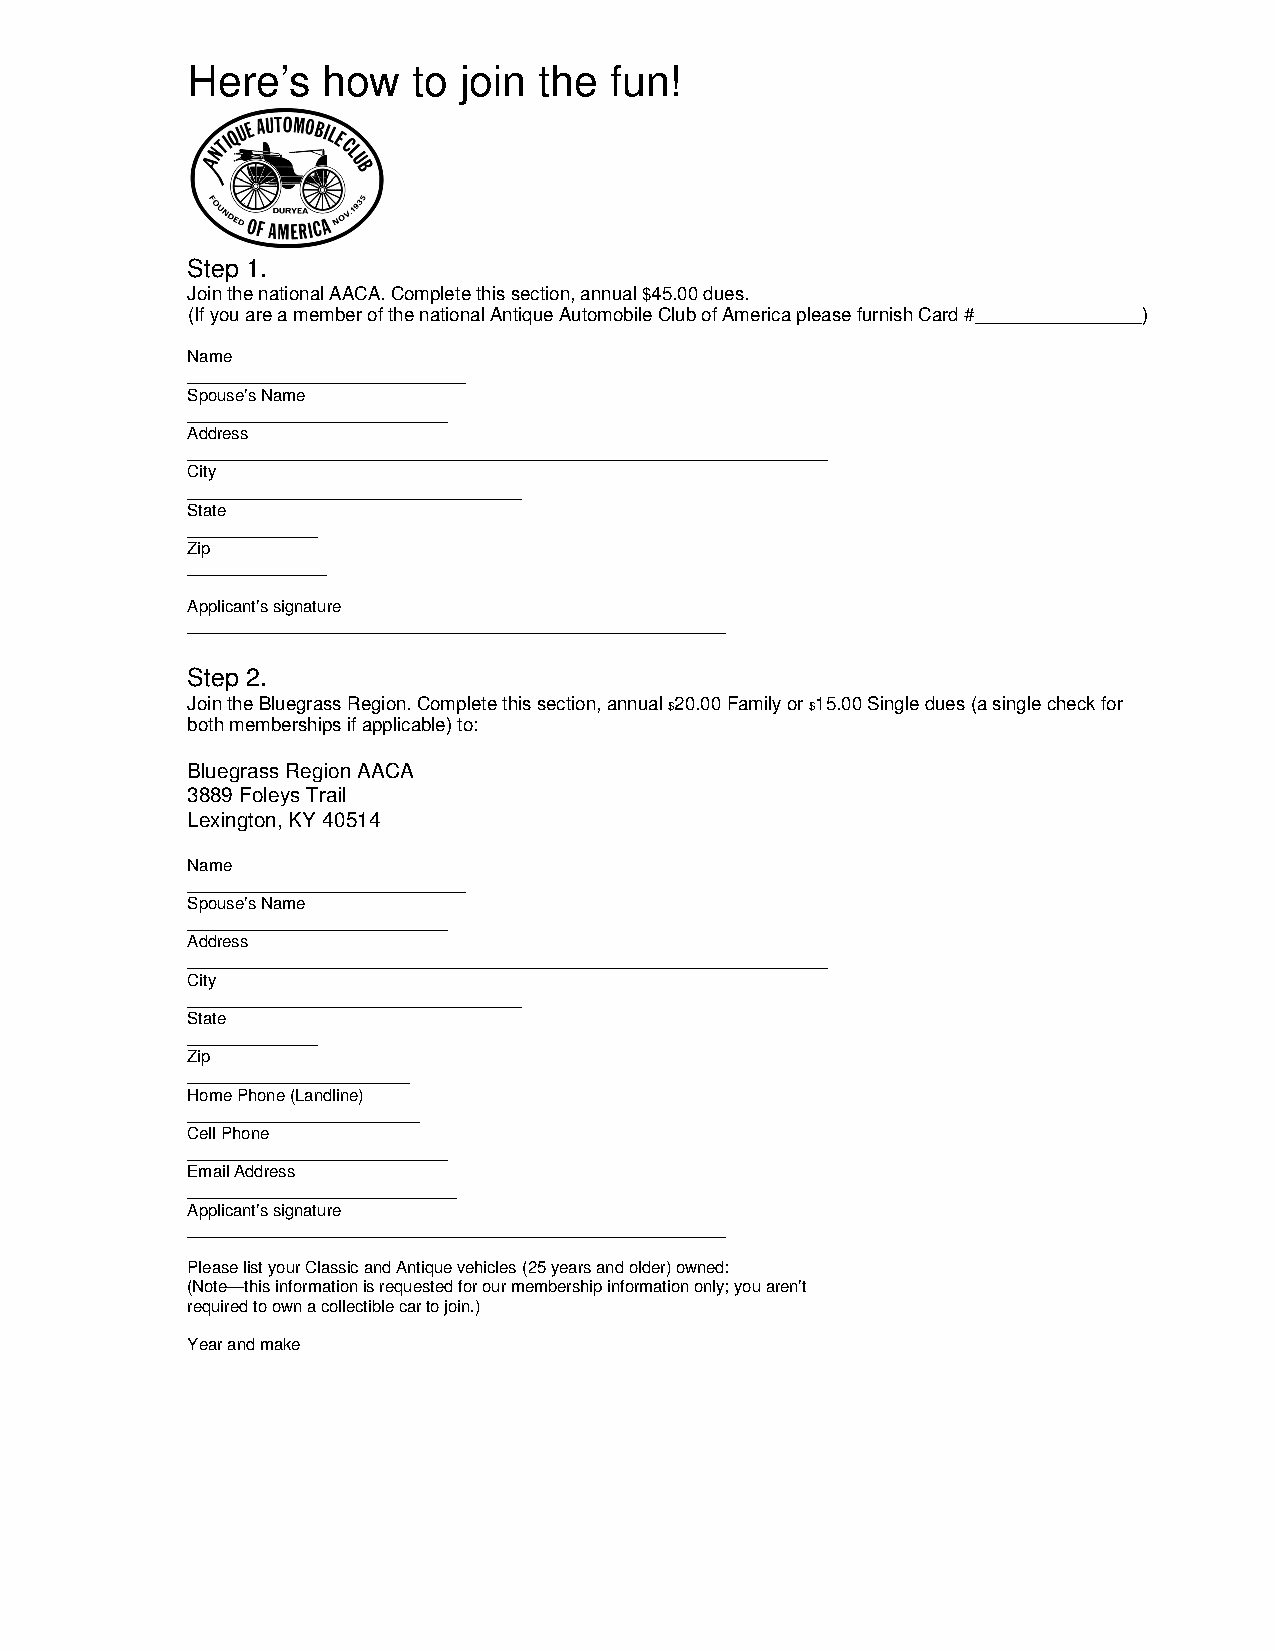
Here’s   how   to  join the fun!
 Step 1.
 Join the national AACA. Complete this section, annual $45.00 dues.
 (If you are a member of the national Antique Automobile Club of America please furnish Card #________________)
 Name
 ______________________________
 Spouse’s Name
 ____________________________
 Address
 _____________________________________________________________________
 City
 ____________________________________
 State
 ______________
 Zip
 _______________
 Applicant’s signature
 __________________________________________________________
 Step 2.
 Join the Bluegrass Region. Complete this section, annual $20.00 Family or $15.00 Single dues (a single check for
 both memberships if applicable) to:
 Bluegrass Region AACA
 3889 Foleys Trail
 Lexington, KY 40514
 Name
 ______________________________
 Spouse’s Name
 ____________________________
 Address
 _____________________________________________________________________
 City
 ____________________________________
 State
 ______________
 Zip
 ________________________
 Home Phone (Landline)
 _________________________
 Cell Phone
 ____________________________
 Email Address
 _____________________________
 Applicant’s signature
 __________________________________________________________
 Please list your Classic and Antique vehicles (25 years and older) owned:
 (Note—this information is requested for our membership information only; you aren’t
 required to own a collectible car to join.)
 Year and make